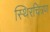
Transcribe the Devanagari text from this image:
स्थिरचित्रण